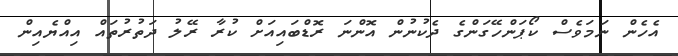
އެހެން ނަމަވެސް ކޯޕަންހޭގަންގެ ދެކުނުން އޮންނަ ރޮޑްބައިއަށް ކުރާ ރޭލު ދަތުރުތައް އިއްޔެއިން